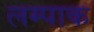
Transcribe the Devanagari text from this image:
लम्पाक